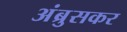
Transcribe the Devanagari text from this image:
अंब्रुसकर